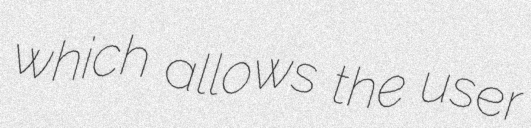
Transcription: which allows the user